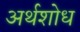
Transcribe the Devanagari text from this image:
अर्थशोध